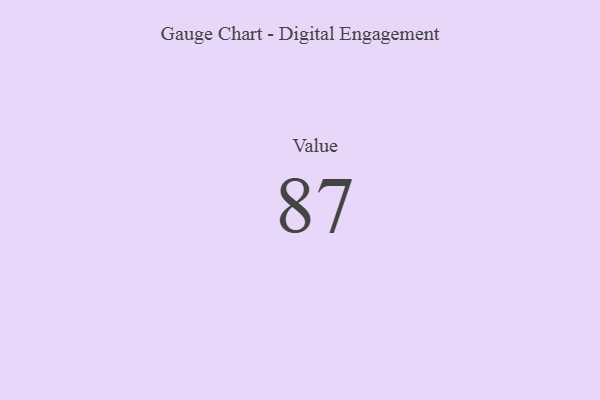
{"axis": {"x": "Metric", "y": "Value"}, "legend": [""], "data": [{"x": "Value", "y": 87, "type": ""}]}